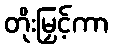
တိုးမြှင့်ကာ